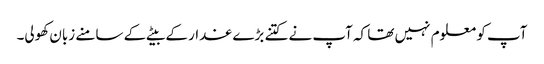
آپ کو معلوم نہیں تھا کہ آپ نے کتنے بڑے غدار کے بیٹے کے سامنے زبان کھولی۔